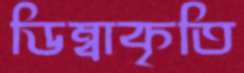
ডিম্বাকৃতি